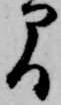
間